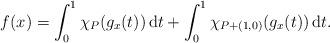
LaTeX: \begin{align*}f(x)=\int_0^1 \chi_P (g_x(t)) \, \mathrm{d}t + \int_0^1 \chi_{P+(1,0)} (g_x(t)) \, \mathrm{d}t .\end{align*}